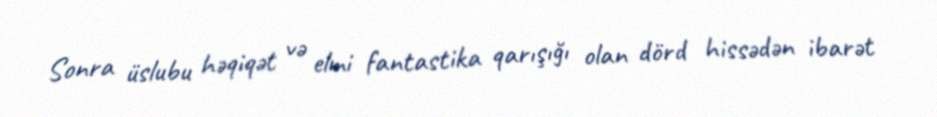
Sonra üslubu həqiqət və elmi fantastika qarışığı olan dörd hissədən ibarət